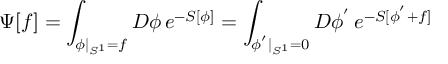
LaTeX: \Psi [ f ] = \int _ { \phi | _ { S ^ { 1 } } = f } { \cal D } \phi \, e ^ { - S [ \phi ] } = \int _ { \phi ^ { ' } | _ { S ^ { 1 } } = 0 } { \cal D } \phi ^ { ' } \, e ^ { - S [ \phi ^ { ' } + f ] }